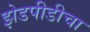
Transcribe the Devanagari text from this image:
झेडपीडीचा